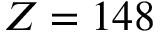
Z = 1 4 8